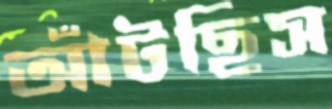
আঁটছিস